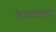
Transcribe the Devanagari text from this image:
हेअरब्रश